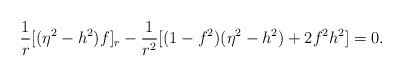
\begin{align*}\frac{1}{r} [(\eta^2 -h^2)f]_r -\frac{1}{r^2} [(1-f^2)(\eta^2 -h^2) +2f^2 h^2] =0.\end{align*}